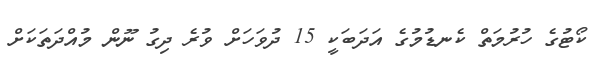
ކޯޓުގެ ހުރުމަތް ކެނޑުމުގެ އަދަބަކީ 15 ދުވަހަށް ވުރެ ދިގު ނޫން މުއްދަތަކަށް